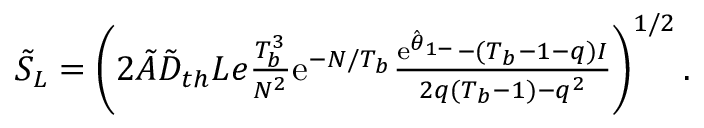
\begin{array} { r } { \tilde { S } _ { L } = \left( 2 \tilde { A } \tilde { D } _ { t h } L e \frac { T _ { b } ^ { 3 } } { N ^ { 2 } } \mathrm { e } ^ { - N / T _ { b } } \frac { \mathrm { e } ^ { \hat { \theta } _ { 1 - } } - ( T _ { b } - 1 - q ) I } { 2 q ( T _ { b } - 1 ) - q ^ { 2 } } \right) ^ { 1 / 2 } . } \end{array}